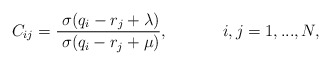
\begin{align*}C_{ij}=\frac{\;\sigma (q_{i}-r_{j}+\lambda )}{\;\sigma(q_{i}-r_{j}+\mu )},\mbox{$ \ \ \ \ \ \ \ \ \ \ $}i,j=1,...,N,\end{align*}